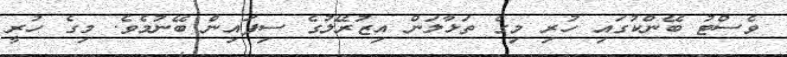
ވެސްޓު ބޭންކުގައި ހުރި މިގެ ތަޅާލަން އިޒުރޭލުގެ ސިފައިން ބޭނުމެވެ. މިގެ ހުރީ